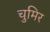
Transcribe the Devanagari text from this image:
चुमिर